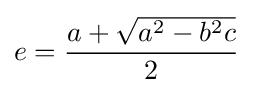
e={\frac {a+{\sqrt {a^{2}-b^{2}c}}}{2}}